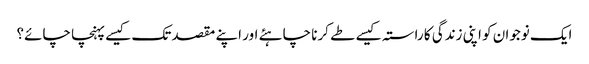
ایک نوجوان کو اپنی زندگی کا راستہ کیسے طے کرنا چاہئے اور اپنے مقصد تک کیسے پہنچا چائے؟